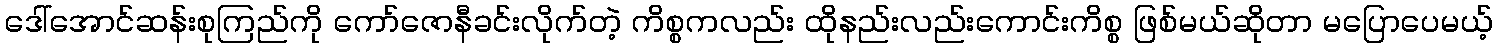
ဒေါ်အောင်ဆန်းစုကြည်ကို ကော်ဇောနီခင်းလိုက်တဲ့ ကိစ္စကလည်း ထိုနည်းလည်းကောင်းကိစ္စ ဖြစ်မယ်ဆိုတာ မပြောပေမယ့်